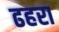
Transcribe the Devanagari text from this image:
ढहरा